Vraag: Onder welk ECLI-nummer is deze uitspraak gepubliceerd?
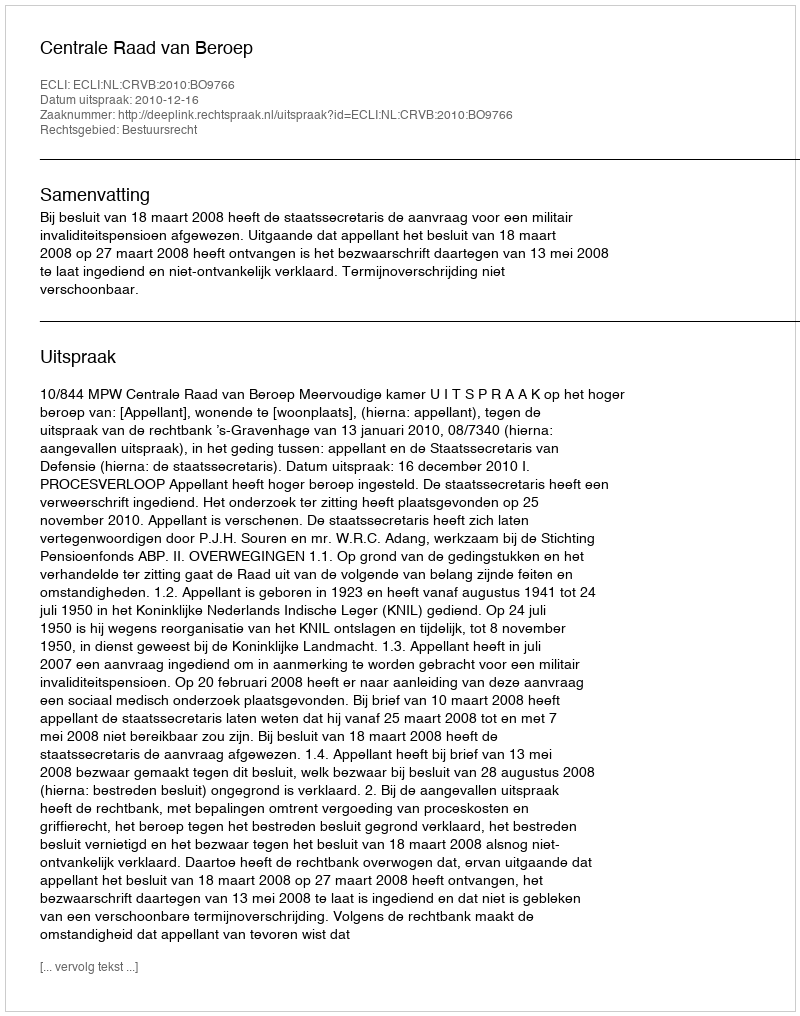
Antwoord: ECLI:NL:CRVB:2010:BO9766